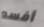
أفسد